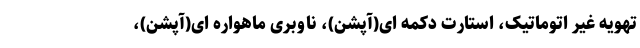
تهویه غیر اتوماتیک، استارت دکمه ای(آپشن)، ناوبری ماهواره ای(آپشن)،